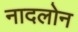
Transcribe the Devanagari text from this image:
नादलोन